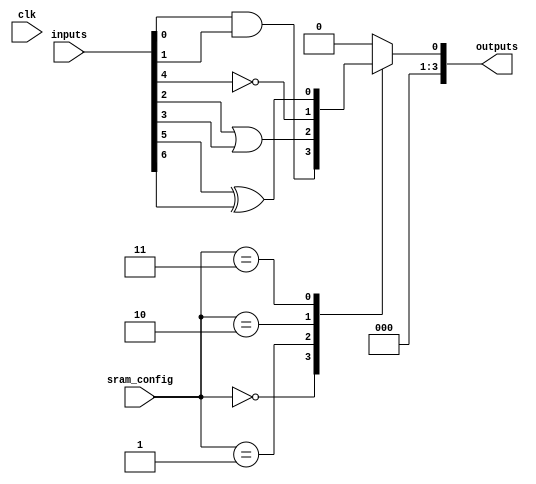
module CLB (
    input wire [7:0] inputs,          // 8 input pins
    input wire [3:0] sram_config,     // SRAM configuration signals
    input wire clk,                   // Global clock signal
    output wire [3:0] outputs         // 4 output pins
);

// Internal signals for logic gates
wire and_out, or_out, not_out, xor_out;

// Logic gates implementation
assign and_out = inputs[0] & inputs[1]; // AND gate
assign or_out  = inputs[2] | inputs[3];  // OR gate
assign not_out = ~inputs[4];              // NOT gate
assign xor_out = inputs[5] ^ inputs[6];   // XOR gate

// MUX for selecting outputs based on SRAM configuration
reg [3:0] mux_out;

always @(*) begin
    case (sram_config)
        4'b0000: mux_out = and_out;  // Select AND output
        4'b0001: mux_out = or_out;   // Select OR output
        4'b0010: mux_out = not_out;  // Select NOT output
        4'b0011: mux_out = xor_out;  // Select XOR output
        // Additional configurations can be added here
        default: mux_out = 4'b0000;   // Default case
    endcase
end

// Output assignment
assign outputs = mux_out;

endmodule